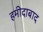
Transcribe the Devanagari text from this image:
हमीदाबाद